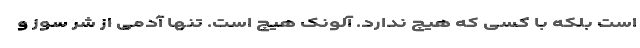
است بلکه با کسی که هیچ ندارد. آلونک هیچ است. تنها آدمی از شر سوز و